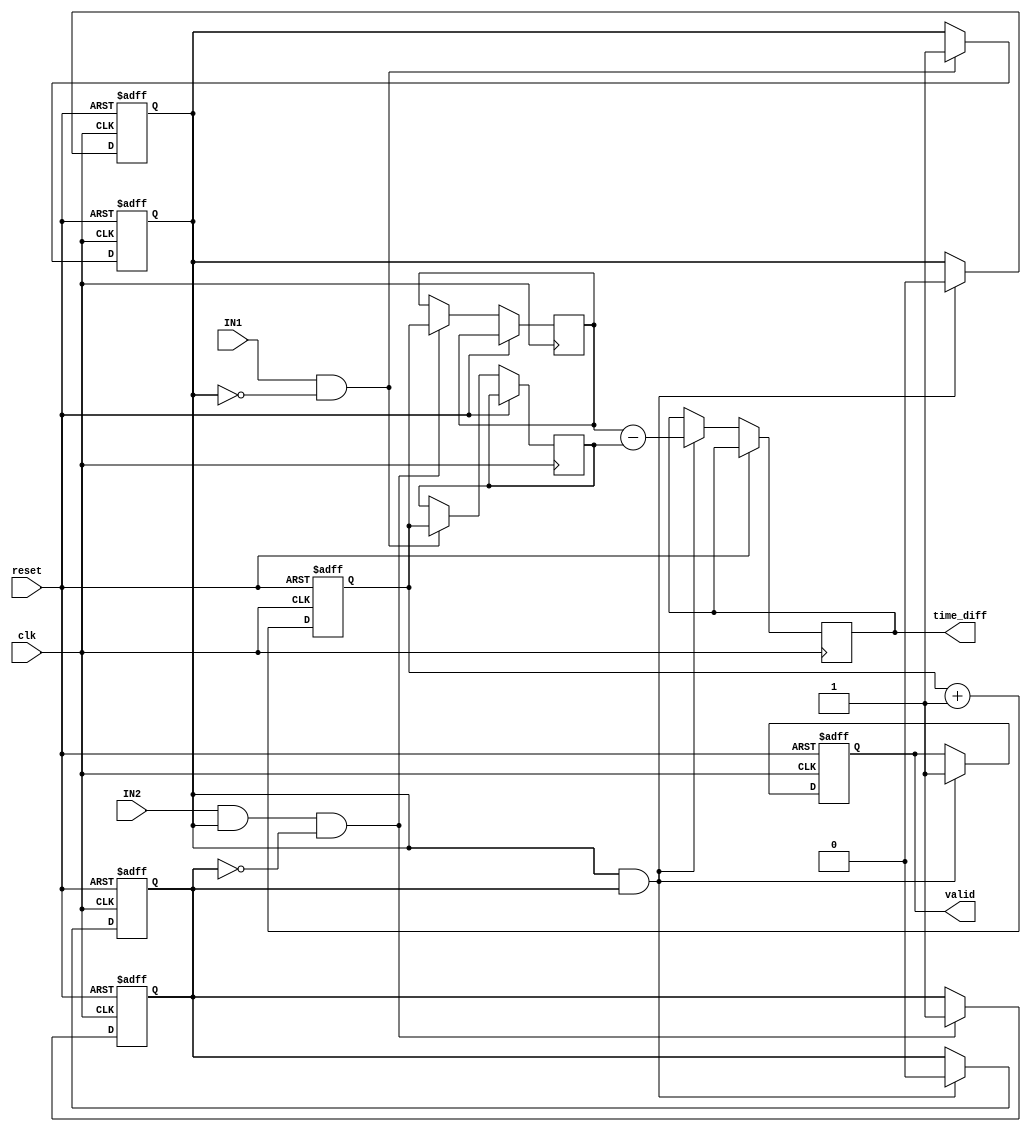
module TDC (
    input wire clk,             // High-resolution clock
    input wire reset,           // Reset signal
    input wire IN1,            // Input channel 1
    input wire IN2,            // Input channel 2
    output reg [31:0] time_diff, // Output time difference
    output reg valid            // Output valid flag
);

    reg [31:0] counter;         // Counter for time measurement
    reg [31:0] timestamp1;      // Timestamp for first edge
    reg [31:0] timestamp2;      // Timestamp for second edge
    reg edge1_detected;         // Flag for first edge detection
    reg edge2_detected;         // Flag for second edge detection

    // Edge detection for IN1
    always @(posedge clk or posedge reset) begin
        if (reset) begin
            edge1_detected <= 1'b0;
        end else if (IN1 && !edge1_detected) begin
            timestamp1 <= counter; // Capture timestamp for IN1
            edge1_detected <= 1'b1; // Set edge detected flag
        end
    end

    // Edge detection for IN2
    always @(posedge clk or posedge reset) begin
        if (reset) begin
            edge2_detected <= 1'b0;
        end else if (IN2 && edge1_detected && !edge2_detected) begin
            timestamp2 <= counter; // Capture timestamp for IN2
            edge2_detected <= 1'b1; // Set edge detected flag
        end
    end

    // Counter increment
    always @(posedge clk or posedge reset) begin
        if (reset) begin
            counter <= 32'b0;
            valid <= 1'b0;
            edge1_detected <= 1'b0;
            edge2_detected <= 1'b0;
        end else begin
            counter <= counter + 1; // Increment counter
            if (edge1_detected && edge2_detected) begin
                time_diff <= timestamp2 - timestamp1; // Calculate time difference
                valid <= 1'b1; // Set valid flag
                // Reset for next measurement
                edge1_detected <= 1'b0;
                edge2_detected <= 1'b0;
            end
        end
    end

endmodule